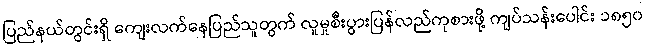
ပြည်နယ်တွင်းရှိ ကျေးလက်နေပြည်သူတွက် လူမှုစီးပွားပြန်လည်ကုစားဖို့ ကျပ်သန်းပေါင်း ၁၈၅၀